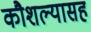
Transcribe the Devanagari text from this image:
कौशल्यासह